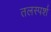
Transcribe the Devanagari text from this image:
तलस्पर्श